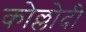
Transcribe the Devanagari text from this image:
कोल्लोदी